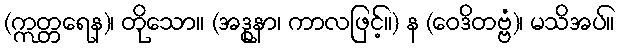
(ဣတ္တရေန)၊ တိုသော။ (အဒ္ဓုနာ၊ ကာလဖြင့်။) န (ဝေဒိတဗ္ဗံ)၊ မသိအပ်။